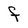
Character: F